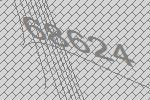
68624